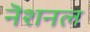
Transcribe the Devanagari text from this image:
नॆशनल